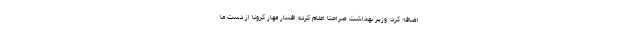
اضافه کرد: وزیر بهداشت صراحتا اعلام کرده افسار مهار کرونا از دست ما